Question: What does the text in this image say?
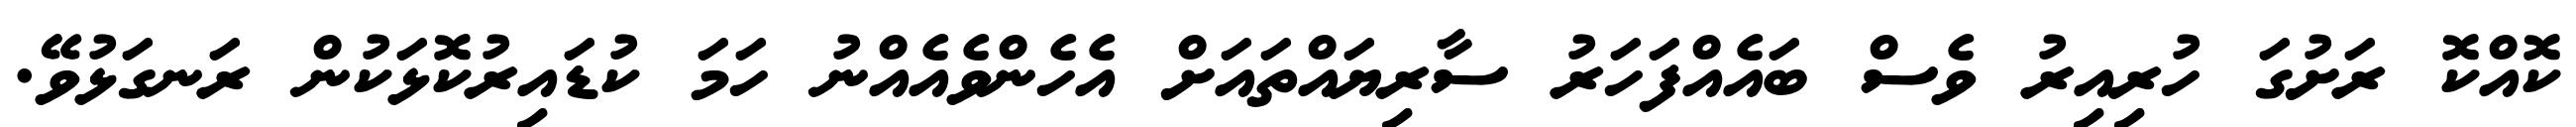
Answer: ކޮއްކޮ ރަށުގަ ހުރިއިރު ވެސް ބައެއްފަހަރު ސާރިޔައްތައަށް އެހެންވެއެއްނު ހަމަ ކުޑައިރުކޮޅަކުން ރަނގަޅުވޭ.